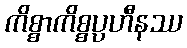
ကိစ္စာကိစ္စပ္ပဟီနဿ